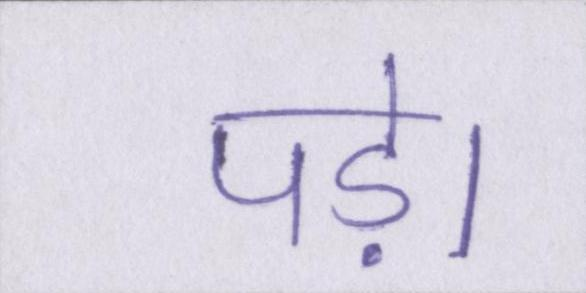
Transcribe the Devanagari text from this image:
पड़े।